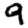
Digit: 9